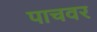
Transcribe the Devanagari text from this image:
पाचवर